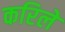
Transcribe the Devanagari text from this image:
करिले